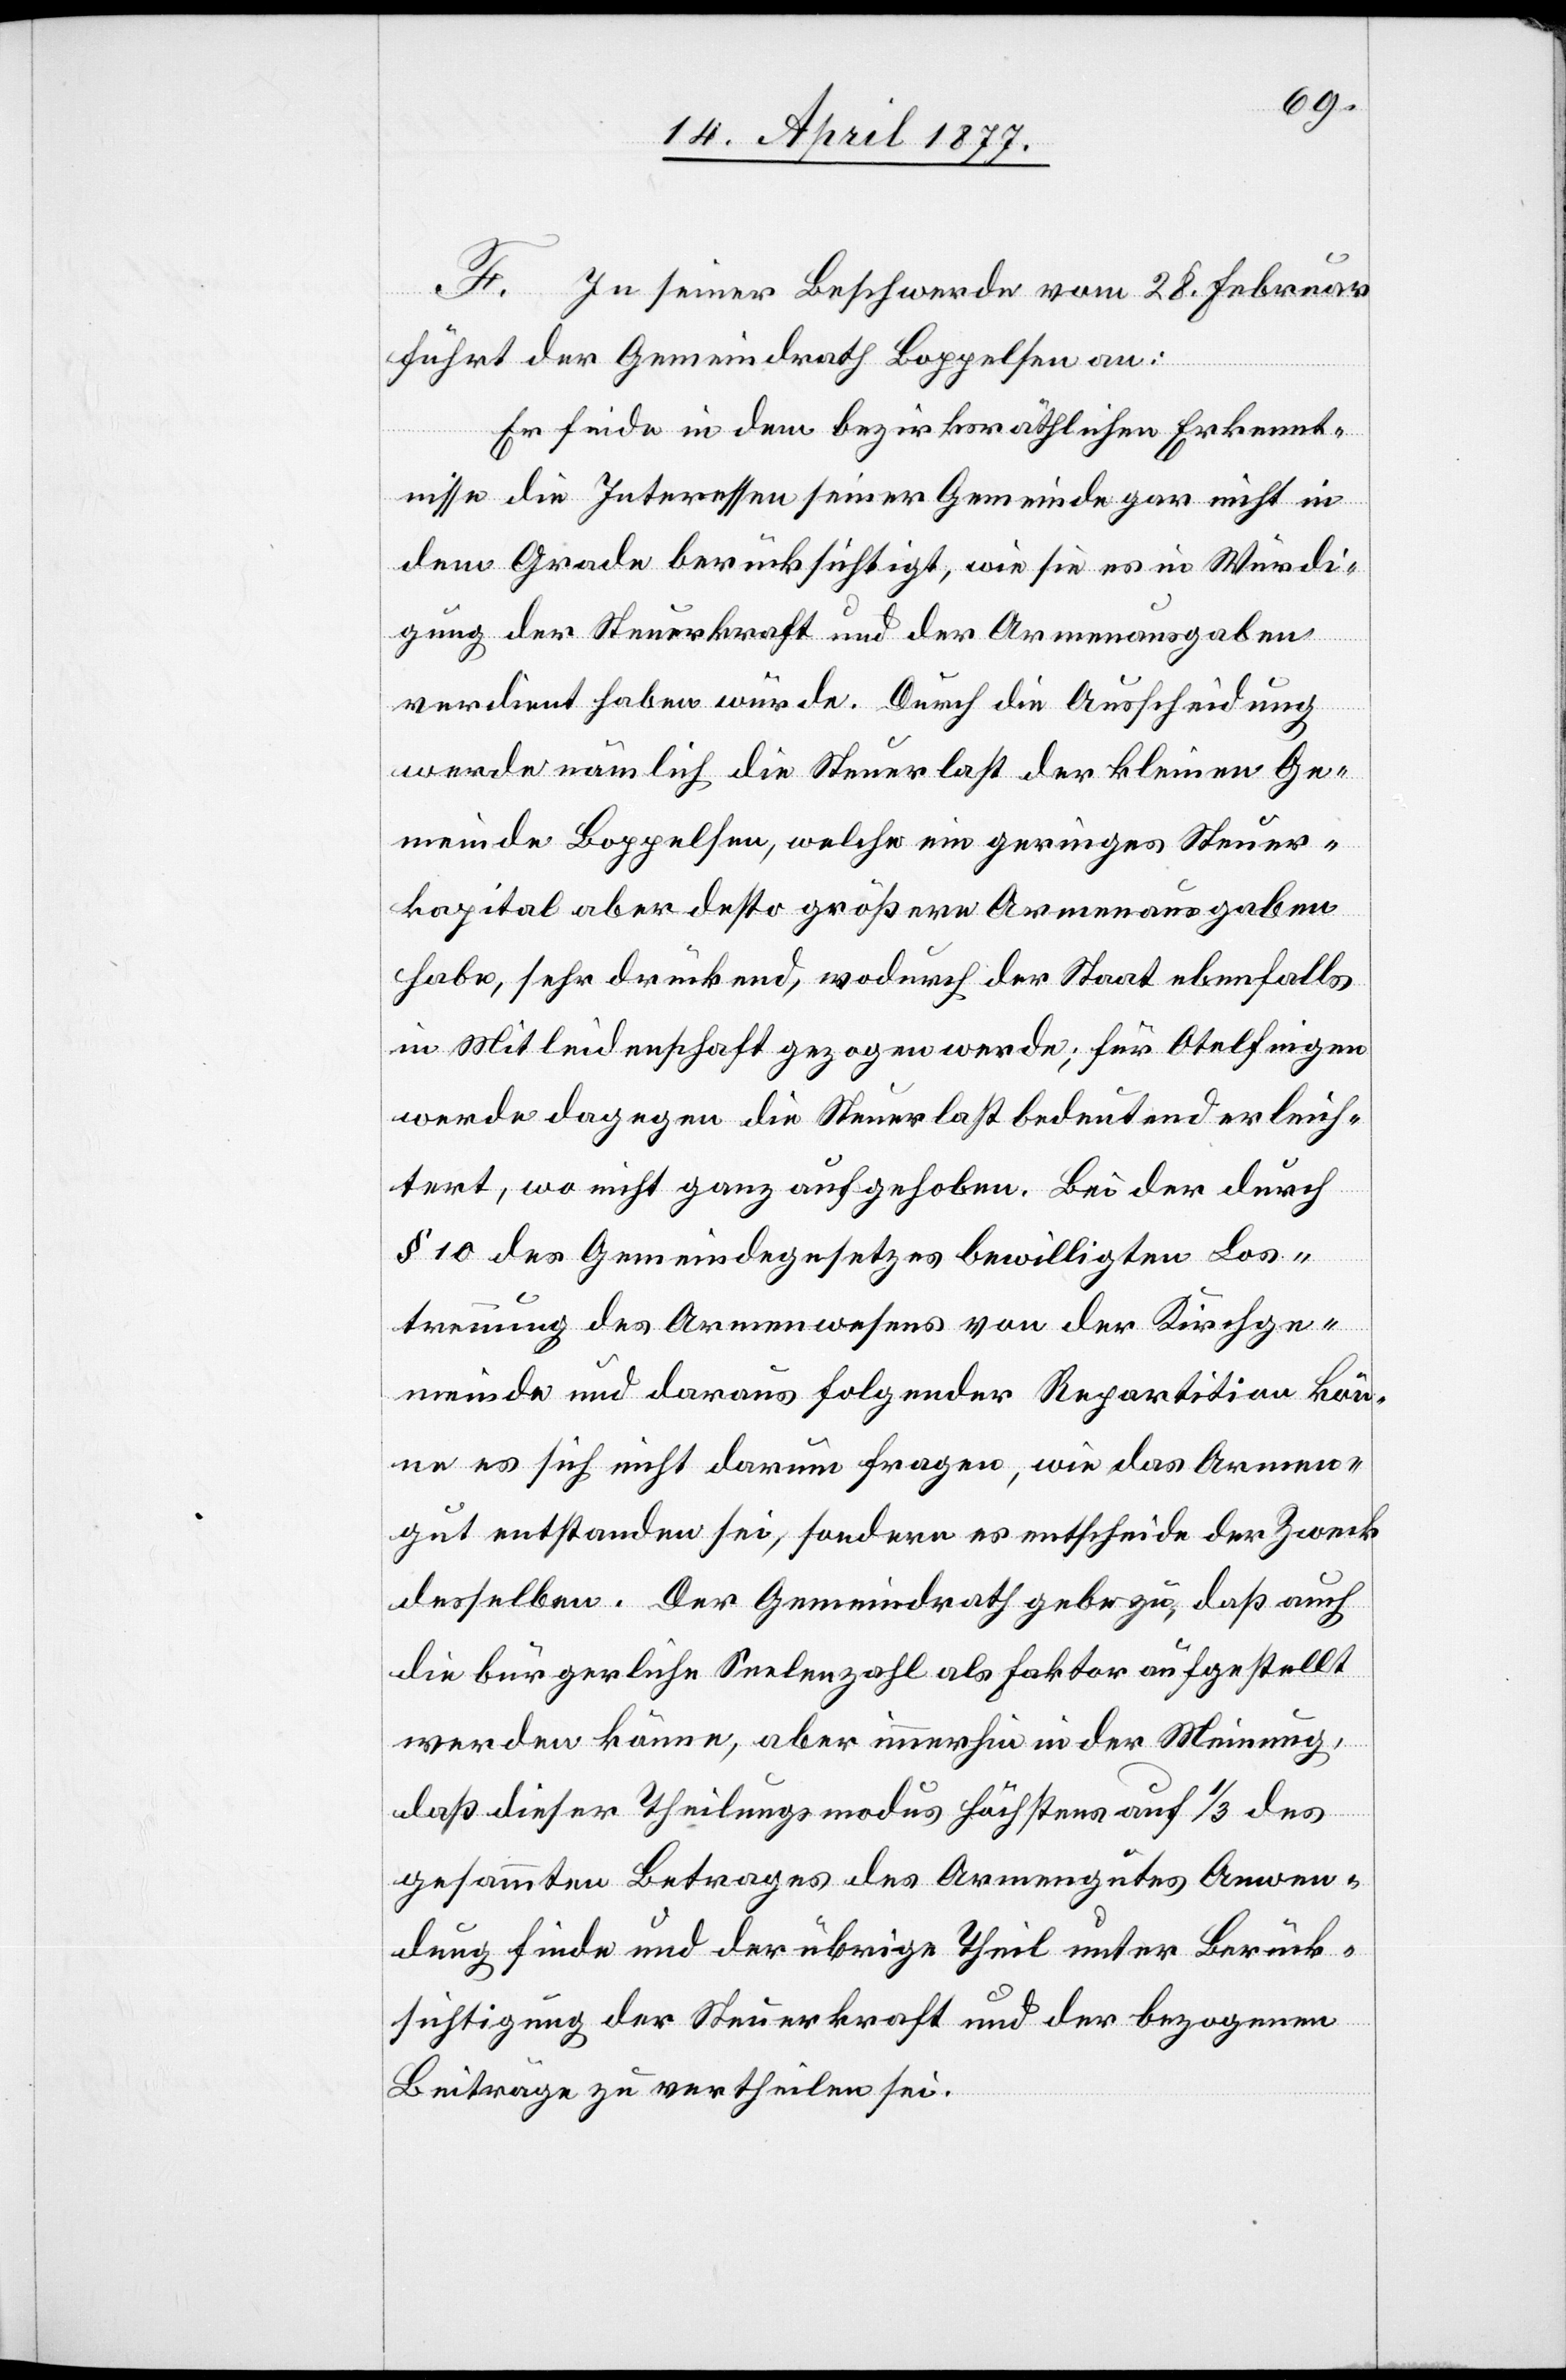
F. In seiner Beschwerde vom 28. Februar
führt der Gemeindrath Boppelsen an:
Er finde in dem bezirksräthlichen Erkennt¬
nisse die Interessen seiner Gemeinde gar nicht in
dem Grade berücksichtigt, wie sie es in Würdi¬
gung der Steuerkraft und der Armenausgaben
verdient haben würde. Durch die Ausscheidung
werde nämlich die Steuerlast der kleinen Ge¬
meinde Boppelsen, welche ein geringes Steuer¬
kapital aber desto größere Armenausgaben
habe, sehr drückend, wodurch der Staat ebenfalls
in Mitleidenschaft gezogen werde; für Otelfingen
werde dagegen die Steuerlast bedeutend erleich¬
tert, wo nicht ganz aufgehoben. Bei der durch
§ 10 des Gemeindegesetzes bewilligten Los¬
trennung des Armenwesens von der Kirchge¬
meinde und daraus folgender Repartition kön¬
ne es sich nicht darum fragen, wie das Armen¬
gut entstanden sei, sondern es entscheide der Zweck
desselben. Der Gemeindrath gebe zu, daß auch
die bürgerliche Seelenzahl als Faktor aufgestellt
werden könne, aber immerhin in der Meinung,
daß dieser Theilungsmodus höchstens auf 1/3 des
gesammten Betrages des Armengutes Anwen¬
dung finde und der übrige Theil unter Berück¬
sichtigung der Steuerkraft und der bezogenen
Beiträge zu vertheilen sei.